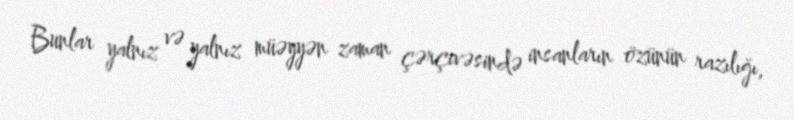
Bunlar yalnız və yalnız müəyyən zaman çərçivəsində insanların özünün razılığı,